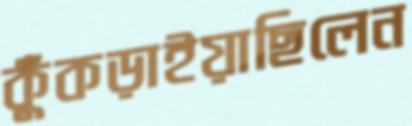
কুঁকড়াইয়াছিলেন